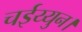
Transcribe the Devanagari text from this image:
चईय्युन।